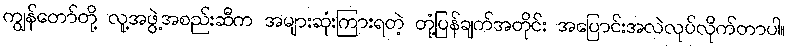
ကျွန်တော်တို့ လူ့အဖွဲ့အစည်းဆီက အများဆုံးကြားရတဲ့ တုံ့ပြန်ချက်အတိုင်း အပြောင်းအလဲလုပ်လိုက်တာပါ။